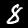
Label: 8